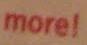
more1